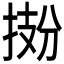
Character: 𫽂